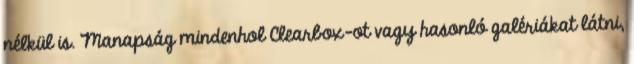
nélkül is. Manapság mindenhol Clearbox-ot vagy hasonló galériákat látni,